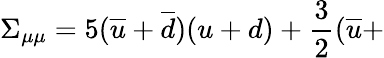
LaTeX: \Sigma_{\mu\mu}=5(\overline{{{u}}}+\overline{{{d}}})(u+d)+\frac 32(\overline{{{u}}}+